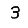
Digit: 3